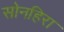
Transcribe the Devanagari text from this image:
सोनहिरा